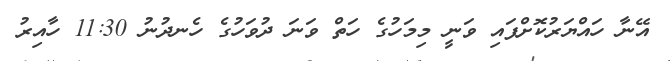
އޭނާ ހައްޔަރުކޮށްފައި ވަނީ މިމަހުގެ ހަތް ވަނަ ދުވަހުގެ ހެނދުނު 11:30 ހާއިރު